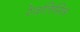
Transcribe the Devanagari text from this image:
रेवतिमित्र